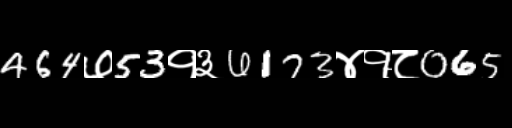
Text: 464७53१३6173४१८065